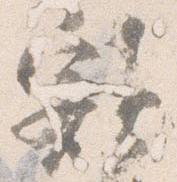
額